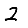
Digit: 2